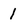
Character: I